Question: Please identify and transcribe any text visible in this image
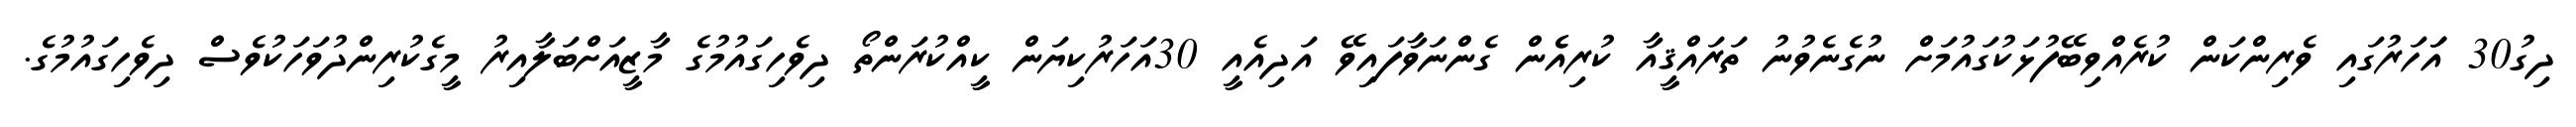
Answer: ދިގު30 އަަހަރުގައި ވެރިންކަން ކުރެއްވިބޭފުޅަކުގައުމަށް ނުގެނެވުނު ތަރައްޤީއާ ކުރިއެެން ގެންނަވާފައިވޭ އަދިއެއީ 30އަހަރުކިޔަން ކީއްކުރަންތޯ ދިވެހިގައުމުގެ މާޒީއަށްބަލާއިރު މީގެކުރިންދުވަހަކުވެސް ދިވެހިގައުމުގެ.